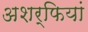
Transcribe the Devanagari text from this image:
अशर्फियां